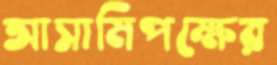
আসামিপক্ষের